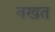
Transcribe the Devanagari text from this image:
वखत